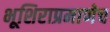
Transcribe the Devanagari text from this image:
भूशिराप्रमाणेच